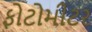
ફોટોમીટર